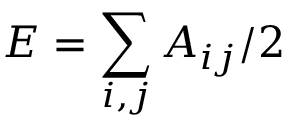
E = \sum _ { i , j } A _ { i j } / 2